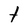
Character: t